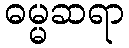
ဓမ္မဆရာ